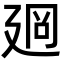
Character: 𢌡